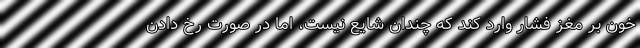
خون بر مغز فشار وارد کند که چندان شایع نیست، اما در صورت رخ دادن